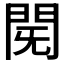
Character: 𮤈